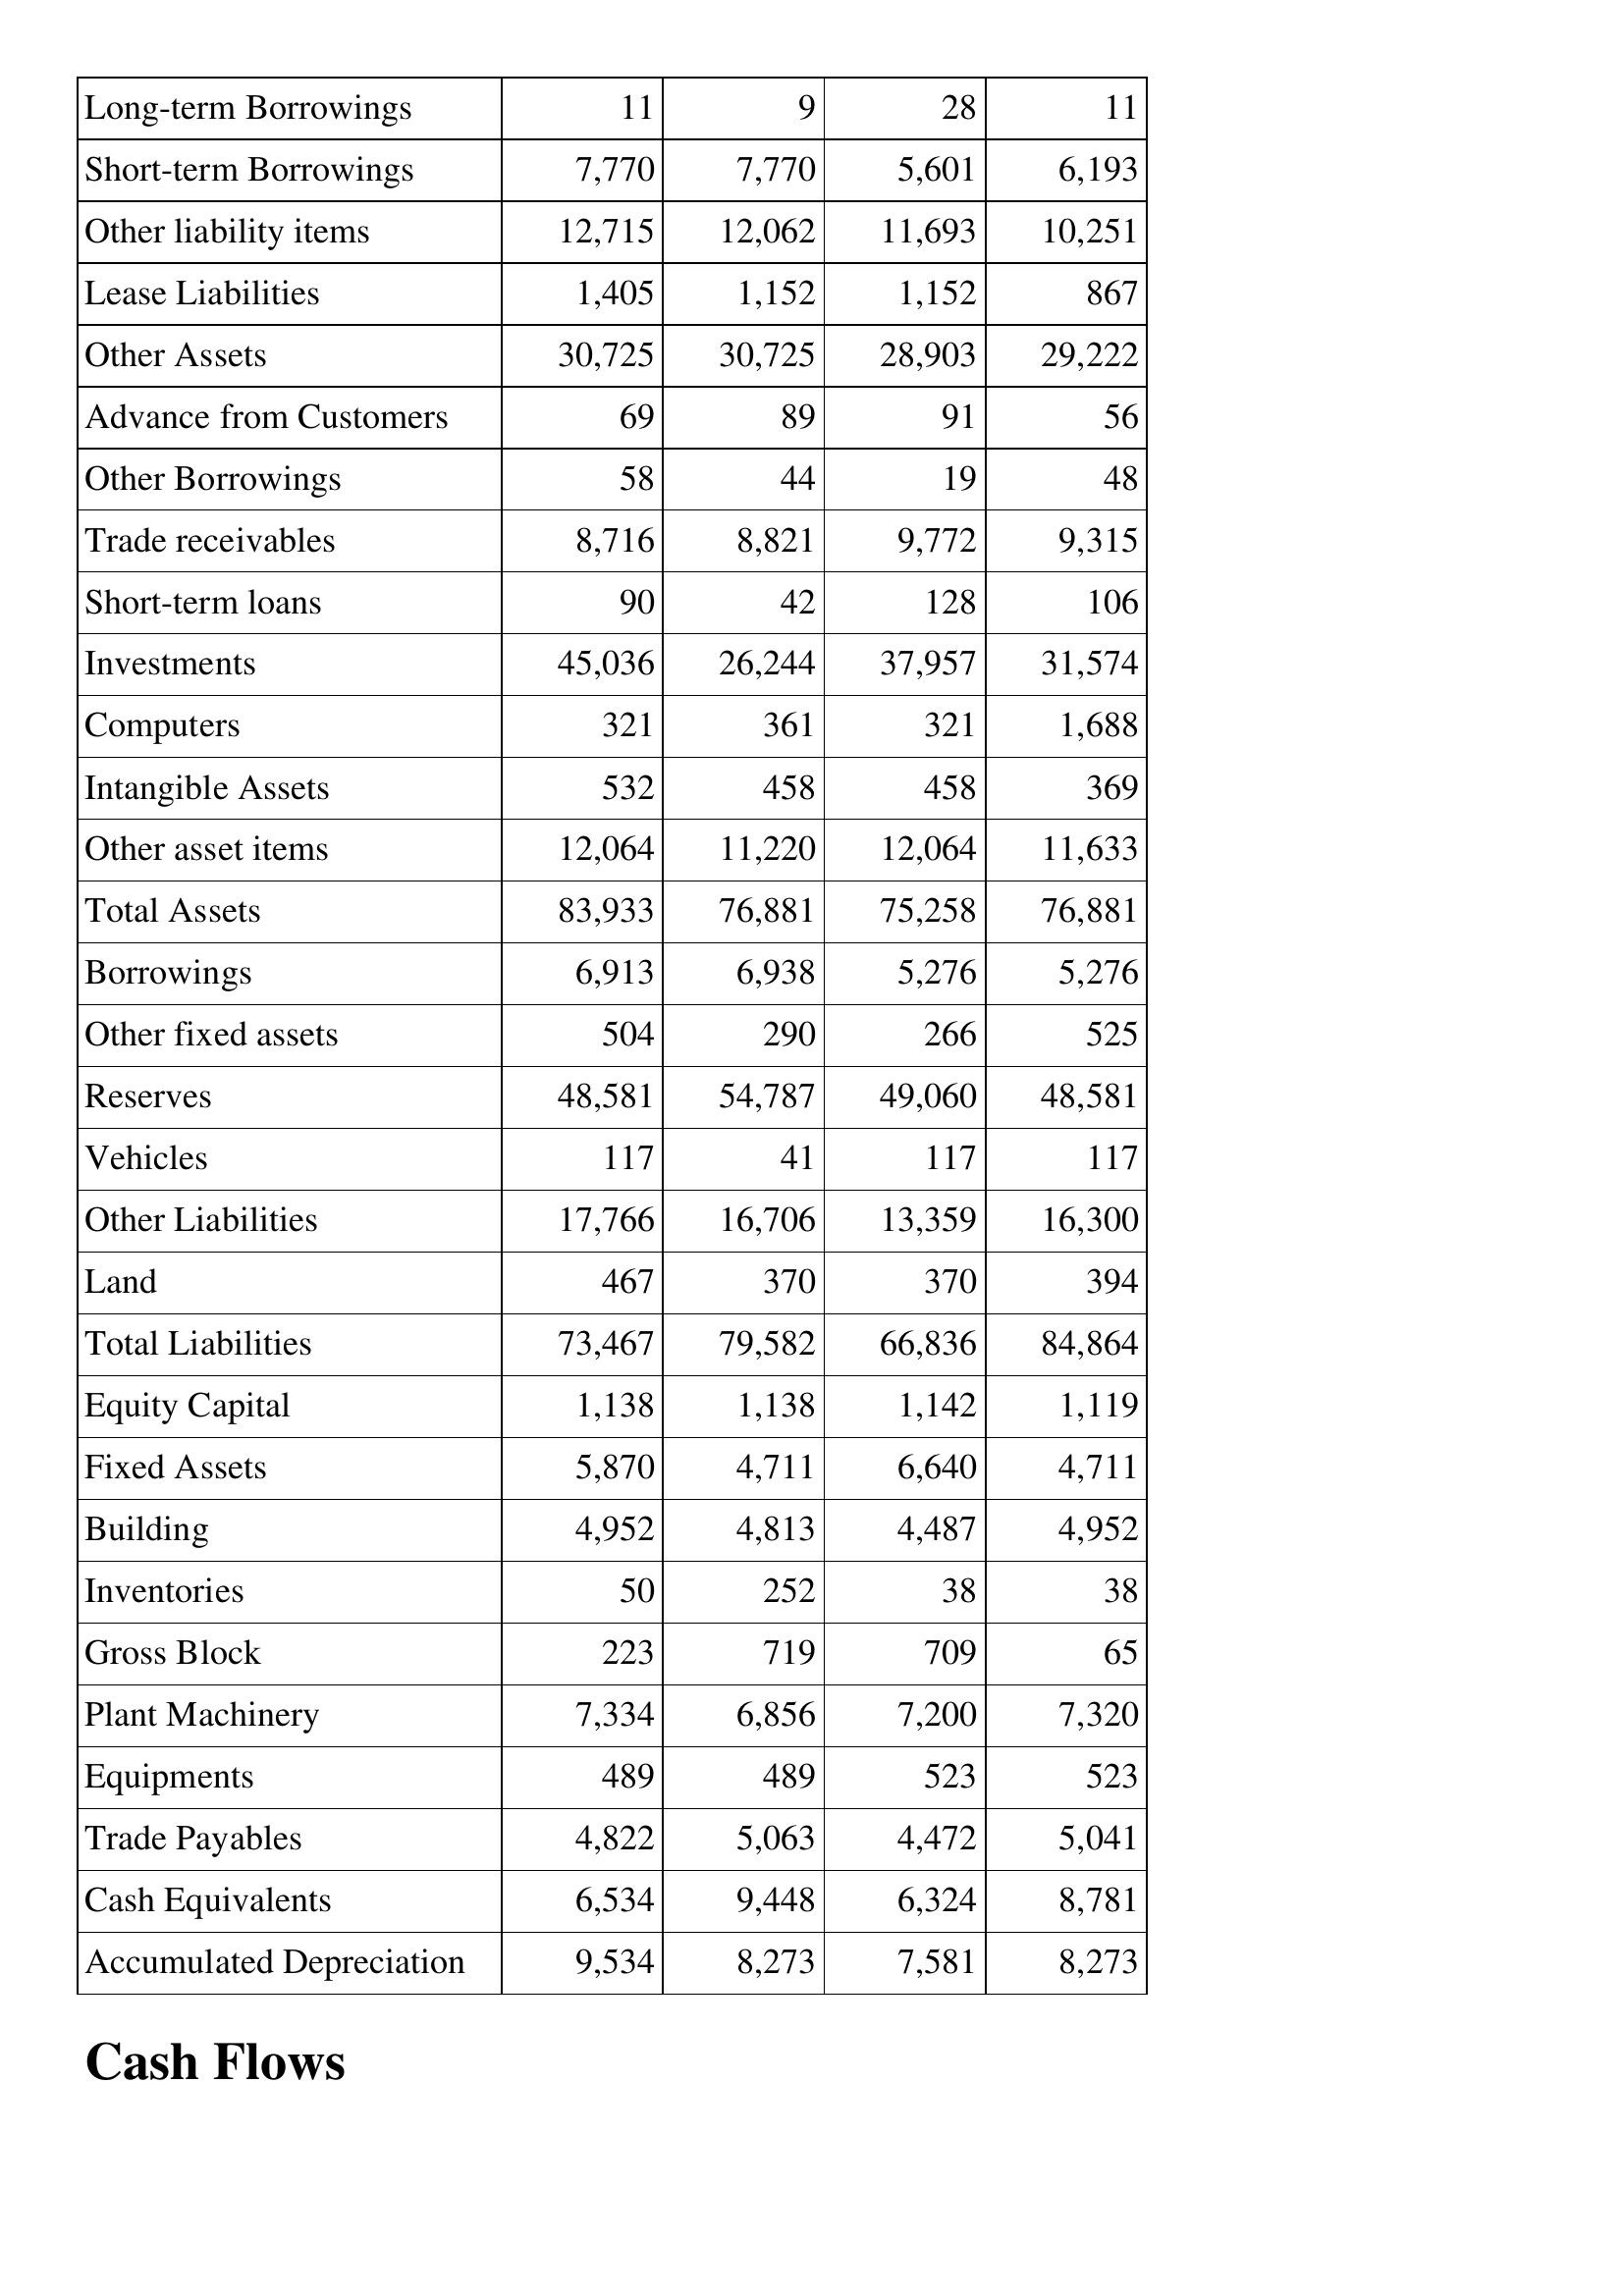
Apr-03: Balance Sheet: Long-term Borrowings: 11
Short-term Borrowings: 7,770
Other liability items: 12,715
Lease Liabilities: 1,405
Other Assets: 30,725
Advance from Customers: 69
Other Borrowings: 58
Trade receivables: 8,716
Short-term loans: 90
Investments: 45,036
Computers: 321
Intangible Assets: 532
Other asset items: 12,064
Total Assets: 83,933
Borrowings: 6,913
Other fixed assets: 504
Reserves: 48,581
Vehicles: 117
Other Liabilities: 17,766
Land: 467
Total Liabilities: 73,467
Equity Capital: 1,138
Fixed Assets: 5,870
Building: 4,952
Inventories: 50
Gross Block: 223
Plant Machinery: 7,334
Equipments: 489
Trade Payables: 4,822
Cash Equivalents: 6,534
Accumulated Depreciation: 9,534
Apr-02: Balance Sheet: Long-term Borrowings: 9
Short-term Borrowings: 7,770
Other liability items: 12,062
Lease Liabilities: 1,152
Other Assets: 30,725
Advance from Customers: 89
Other Borrowings: 44
Trade receivables: 8,821
Short-term loans: 42
Investments: 26,244
Computers: 361
Intangible Assets: 458
Other asset items: 11,220
Total Assets: 76,881
Borrowings: 6,938
Other fixed assets: 290
Reserves: 54,787
Vehicles: 41
Other Liabilities: 16,706
Land: 370
Total Liabilities: 79,582
Equity Capital: 1,138
Fixed Assets: 4,711
Building: 4,813
Inventories: 252
Gross Block: 719
Plant Machinery: 6,856
Equipments: 489
Trade Payables: 5,063
Cash Equivalents: 9,448
Accumulated Depreciation: 8,273
Apr-01: Balance Sheet: Long-term Borrowings: 28
Short-term Borrowings: 5,601
Other liability items: 11,693
Lease Liabilities: 1,152
Other Assets: 28,903
Advance from Customers: 91
Other Borrowings: 19
Trade receivables: 9,772
Short-term loans: 128
Investments: 37,957
Computers: 321
Intangible Assets: 458
Other asset items: 12,064
Total Assets: 75,258
Borrowings: 5,276
Other fixed assets: 266
Reserves: 49,060
Vehicles: 117
Other Liabilities: 13,359
Land: 370
Total Liabilities: 66,836
Equity Capital: 1,142
Fixed Assets: 6,640
Building: 4,487
Inventories: 38
Gross Block: 709
Plant Machinery: 7,200
Equipments: 523
Trade Payables: 4,472
Cash Equivalents: 6,324
Accumulated Depreciation: 7,581
Apr-00: Balance Sheet: Long-term Borrowings: 11
Short-term Borrowings: 6,193
Other liability items: 10,251
Lease Liabilities: 867
Other Assets: 29,222
Advance from Customers: 56
Other Borrowings: 48
Trade receivables: 9,315
Short-term loans: 106
Investments: 31,574
Computers: 1,688
Intangible Assets: 369
Other asset items: 11,633
Total Assets: 76,881
Borrowings: 5,276
Other fixed assets: 525
Reserves: 48,581
Vehicles: 117
Other Liabilities: 16,300
Land: 394
Total Liabilities: 84,864
Equity Capital: 1,119
Fixed Assets: 4,711
Building: 4,952
Inventories: 38
Gross Block: 65
Plant Machinery: 7,320
Equipments: 523
Trade Payables: 5,041
Cash Equivalents: 8,781
Accumulated Depreciation: 8,273